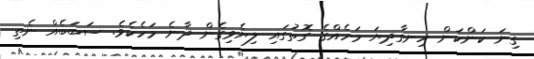
ގިނަ ކަންކަން ހިނގާދިޔަ މަހެއްގެ ގޮތުގައި ލިޔެވިގެން ދާނެ މަހެކެވެ. ސަބަބެއް ނެތި